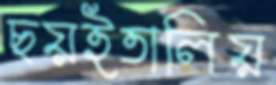
ছয়ইতালিয়